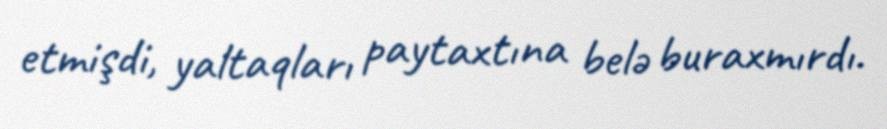
etmişdi, yaltaqları paytaxtına belə buraxmırdı.